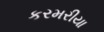
કરમરીયા